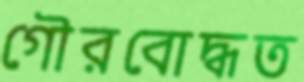
গৌরবোদ্ধত